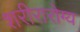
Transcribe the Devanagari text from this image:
शरीरारोग्य